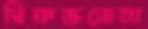
দ্বিরুক্ততেনা